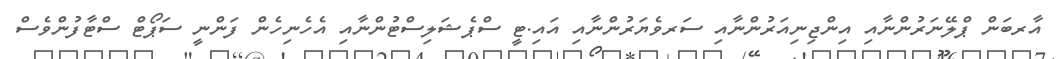
އާރބަން ޕްލޭނަރުންނާއި އިންޖިނިއަރުންނާއި ސަރވެޔަރުންނާއި އައި.ޓީ ސްޕެޝަލިސްޓުންނާއި އެހެނިހެން ފަންނީ ސަޕޯޓް ސްޓާފުންވެސް